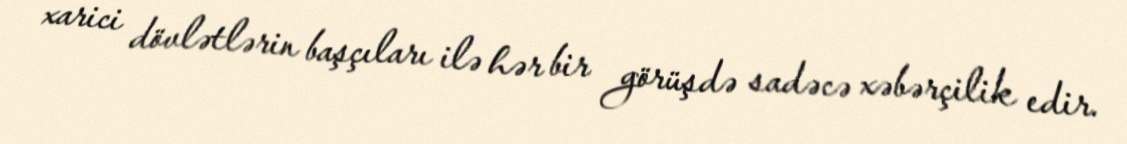
xarici dövlətlərin başçıları ilə hər bir görüşdə sadəcə xəbərçilik edir.